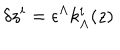
LaTeX: \delta z ^ { i } = \epsilon ^ { \Lambda } k _ { \Lambda } ^ { i } ( z )